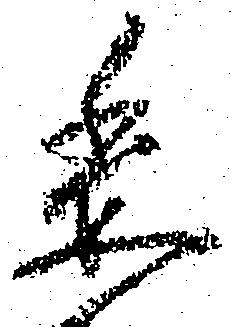
委